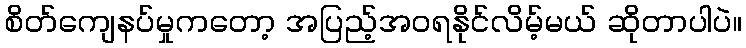
စိတ်ကျေနပ်မှုကတော့ အပြည့်အဝရနိုင်လိမ့်မယ် ဆိုတာပါပဲ။